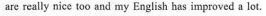
are really nice too and my English has improved a lot.